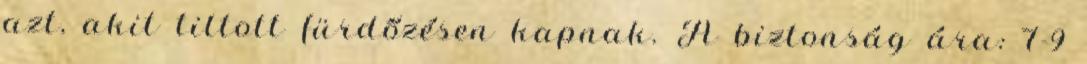
azt, akit tiltott fürdőzésen kapnak. A biztonság ára: 7-9